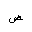
Letter: _dad